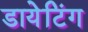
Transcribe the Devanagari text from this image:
डायेटिंग